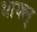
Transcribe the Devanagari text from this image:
धायल्